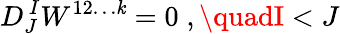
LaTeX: D_{J}^{\, I}W^{12\ldots\mathit{k}}=0\; ,\quadI<J